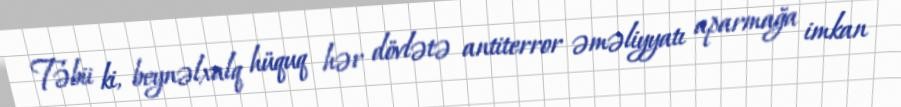
Təbii ki, beynəlxalq hüquq hər dövlətə antiterror əməliyyatı aparmağa imkan